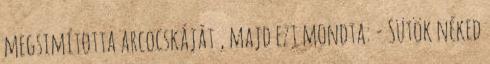
megsimította arcocskáját , majd ezt mondta: - Sütök néked